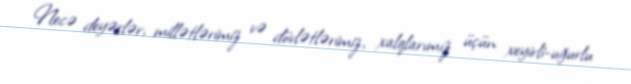
Necə deyərlər, millətlərimiz və dövlətlərimiz, xalqlarımız üçün xeyirli-uğurlu